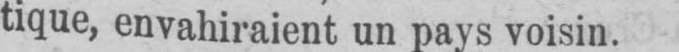
tique, envahiraient un pays voisin.